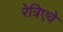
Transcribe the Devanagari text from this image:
रेत्रिएवे